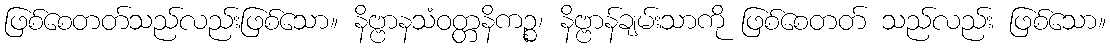
ဖြစ်စေတတ်သည်လည်းဖြစ်သော။ နိဗ္ဗာနသံဝတ္တနိကဉ္စ၊ နိဗ္ဗာန်ချမ်းသာကို ဖြစ်စေတတ် သည်လည်း ဖြစ်သော။